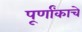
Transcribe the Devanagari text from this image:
पूर्णांकाचे